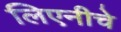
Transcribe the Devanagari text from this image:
लिएनीचे